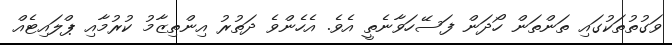
ވަގުތުތަކުގައި ތަންތަން ހޯދަން ފަސޭހަވާނެތީ އެވެ. އެހެންވެ ދަތުރު އިންތިޒާމު ކުރުމާއި ޕްލައިޓެއް